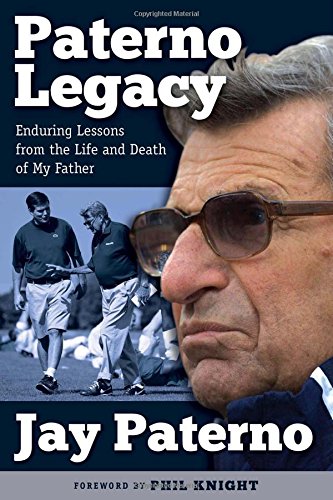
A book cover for Paterno Legacy: Enduring Lessons from the Life and Death of My Father; Jay Paterno; Biographies & Memoirs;